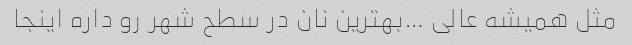
مثل همیشه عالی …بهترین نان در سطح شهر رو داره اینجا